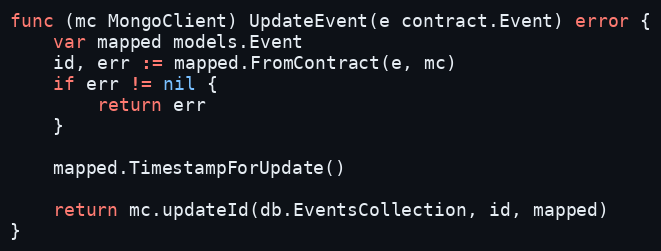
Language: Go
func (mc MongoClient) UpdateEvent(e contract.Event) error {
	var mapped models.Event
	id, err := mapped.FromContract(e, mc)
	if err != nil {
		return err
	}

	mapped.TimestampForUpdate()

	return mc.updateId(db.EventsCollection, id, mapped)
}